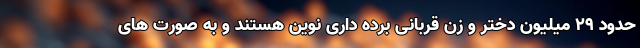
حدود ۲۹ میلیون دختر و زن قربانی برده داری نوین هستند و به صورت های